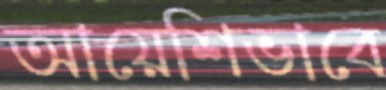
আয়েশিভাবে